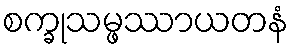
စက္ခုသမ္ဖဿာယတနံ